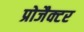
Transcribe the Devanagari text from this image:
प्रोजैक्टर